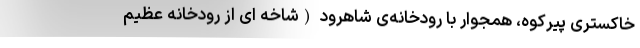
خاکستری پیرکوه، همجوار با رودخانه‌ی شاهرود (شاخه ای از رودخانه عظیم